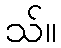
သ်။